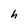
Character: h